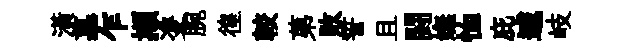
潢墓乍擷㕠腕徨較苐敗誓且闘嫵恤庇遽岐